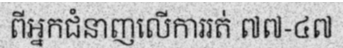
ពីអ្នកជំនាញលើការរត់ ៧៧-៤៧